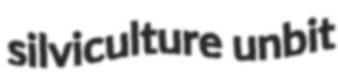
silviculture unbit